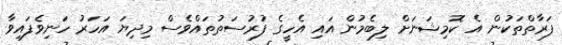
ފަރާތްތަކުން އެ ކޮމިޝަނަށް ލިބެމުން އައި އެހީގެ ފުރުސަތުތައްވެސް މިދިޔަ އަހަރު ހަނިވެފައިވާ